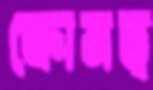
ক্রোমভ্